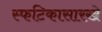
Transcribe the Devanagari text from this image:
स्फटिकासारखे